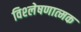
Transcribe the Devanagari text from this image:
विश्‍लेषणात्‍मक